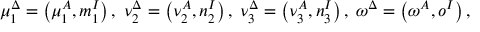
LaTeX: \mu _ { 1 } ^ { \Delta } = \left( \mu _ { 1 } ^ { A } , m _ { 1 } ^ { I } \right) , \; \nu _ { 2 } ^ { \Delta } = \left( \nu _ { 2 } ^ { A } , n _ { 2 } ^ { I } \right) , \; \nu _ { 3 } ^ { \Delta } = \left( \nu _ { 3 } ^ { A } , n _ { 3 } ^ { I } \right) , \; \omega ^ { \Delta } = \left( \omega ^ { A } , o ^ { I } \right) ,